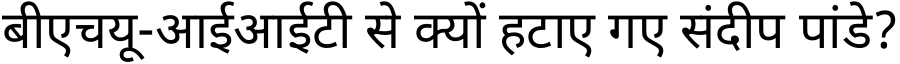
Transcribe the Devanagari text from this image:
बीएचयू-आईआईटी से क्यों हटाए गए संदीप पांडे?